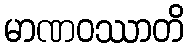
မာဏဝဿာတိ